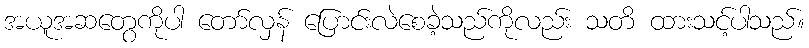
အယူအဆတွေကိုပါ တော်လှန် ပြောင်းလဲစေခဲ့သည်ကိုလည်း သတိ ထားသင့်ပါသည်။